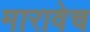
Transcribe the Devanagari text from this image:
मारावेच